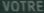
VOTRE